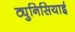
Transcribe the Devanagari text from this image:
ट्युनिसियाई